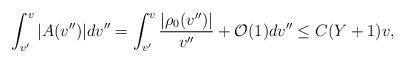
LaTeX: \begin{align*} \int_{v'}^v|A(v'')|dv''=\int_{v'}^v\frac{|\rho_0(v'')|}{v''}+\mathcal{O}(1)dv''\leq C(Y+1)v,\end{align*}